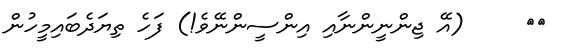
٥٩     (އޭ ޖިންނީންނާއި އިންސީންނޭވެ!) ފަހެ ތިޔަދެބައިމީހުން